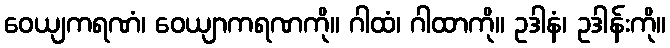
ဝေယျကရဏံ၊ ဝေယျာကရဏကို။ ဂါထံ၊ ဂါထာကို။ ဥဒါနံ၊ ဥဒါန်းကို။